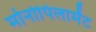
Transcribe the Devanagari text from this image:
मोनोपिलामेंट